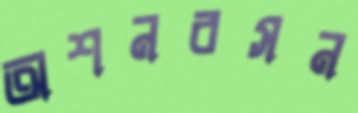
অশনবসন